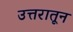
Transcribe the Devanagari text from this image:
उत्तरातून